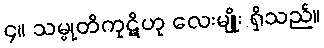
၄။ သမ္မုတိကုဋိဟု လေးမျိုး ရှိသည်။